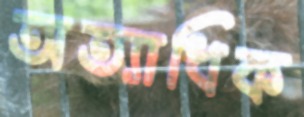
অত্যাধিক